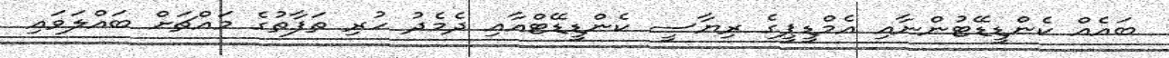
ބައެއް ކެންޑީޑޭޓުންނާއި އެމްޑީޕީގެ ރިޔާސީ ކެންޑީޑޭޓްއާއި ދެމެދު ހުރި ތަފާތުގެ މައްޗަށް ބައްލަވައި